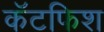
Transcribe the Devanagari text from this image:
कॅटफिश